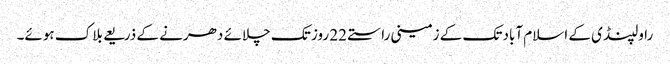
راولپنڈی کے اسلام آباد تک کے زمینی راستے 22 روز تک چلائے دھرنے کے ذریعے بلاک ہوئے۔